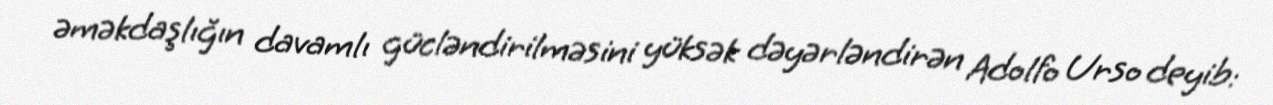
əməkdaşlığın davamlı gücləndirilməsini yüksək dəyərləndirən Adolfo Urso deyib: